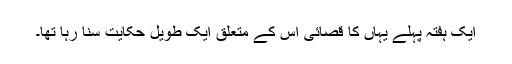
ایک ہفتہ پہلے یہاں کا قصائی اس کے متعلق ایک طویل حکایت سُنا رہا تھا۔